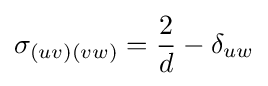
\sigma _{(uv)(vw)}={\frac {2}{d}}-\delta _{uw}